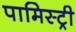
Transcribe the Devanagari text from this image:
पामिस्ट्री